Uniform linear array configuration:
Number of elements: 8
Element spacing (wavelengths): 0.5
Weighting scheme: hamming
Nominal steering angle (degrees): -60
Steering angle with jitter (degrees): -58.149
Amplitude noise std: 0.05
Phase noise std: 0.05

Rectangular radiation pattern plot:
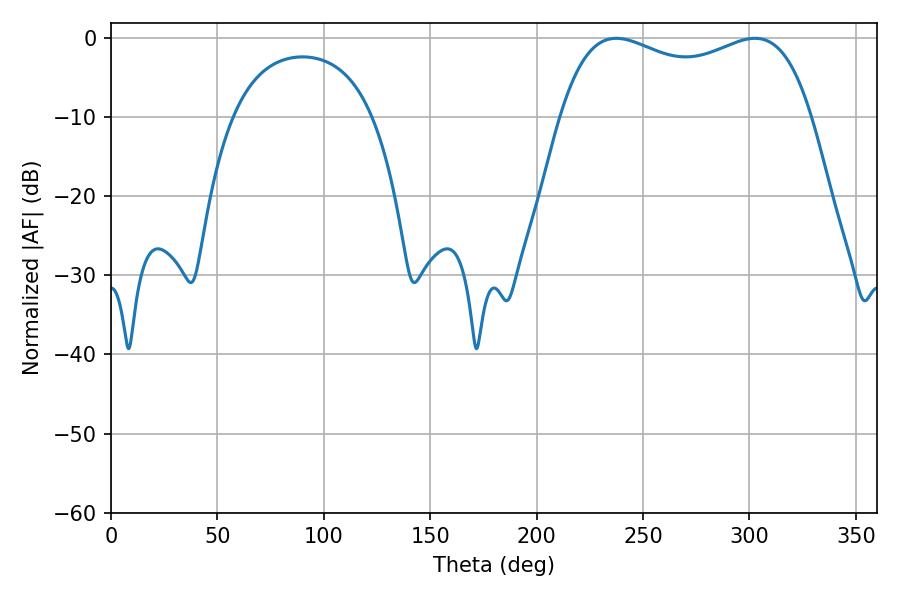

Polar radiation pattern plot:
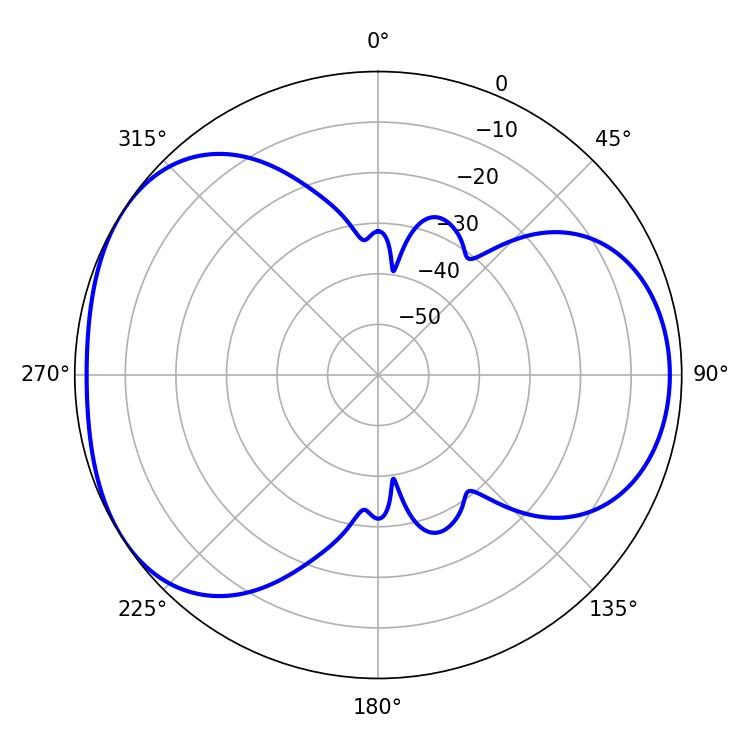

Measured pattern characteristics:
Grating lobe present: FALSE
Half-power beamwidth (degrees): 96.84
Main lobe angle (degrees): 237.42